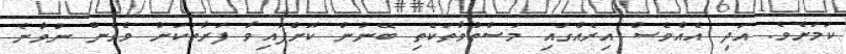
ކަމަށެވެ. އަދި އެއްވެސް އިރެއްގައި މަސްތުވާތަކެތި ބޭނުން ކޮށްފައިވާ ފަރާތަކަށް ވެގެން ނުވާނެ